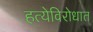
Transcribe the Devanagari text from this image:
हत्येविरोधात